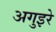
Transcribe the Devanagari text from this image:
अगुइरे